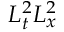
L _ { t } ^ { 2 } L _ { x } ^ { 2 }